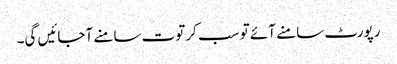
رپورٹ سامنے آئے تو سب کرتوت سامنے آجائیں گی۔